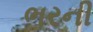
ભરની